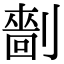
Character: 𠟩